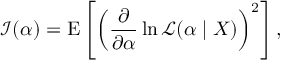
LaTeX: { \mathcal { I } } ( \alpha ) = \operatorname { E } \left[ \left( { \frac { \partial } { \partial \alpha } } \ln { \mathcal { L } } ( \alpha \mid X ) \right) ^ { 2 } \right] ,